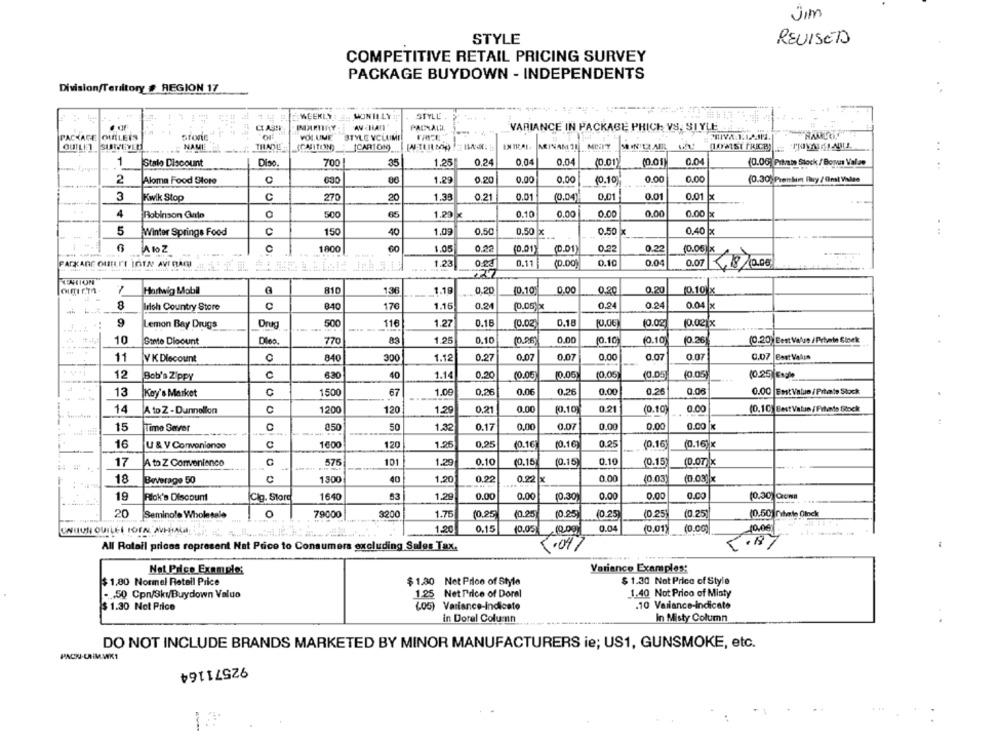
Jim
STYLE
REVISED
COMPETITIVE RETAIL PRICING SURVEY
PACKAGE BUYDOWN - INDEPENDENTS
Division/Territory # REGION 17
MON II LY !!
STYLE .
CLASH
AN HAN
VARIANCE IN PACKAGE PHICH VS. SIYLE ..
PACKAGE
OUTLETS
Store
VOLUME
STYLE VCLUIMI
OUTLET SURVEYEM
NAME
[CARTON)
MONTAR
..
1
Stalo Discount
Diso.
700
35
1.25
0.24
0.04
0.04
(0.01)
(0.01)
0.04
(0.06) Pitrain Stock / Borvas Valze
0.00
0.00
0.00
0.00
(0.30) Prembim Puy / Ont Vales
2
Aloma Food Blote
630
1.29
0.20
(0.10
3
Kwik Stop
C
27
20
1.38
0.21
0.01
(0.04)
0.01
0.01
0.01 x
4
Robinson Gulo
65
1.29 x
0.10
0,00
0.00
0.00
0.00 x
5
C
15
1.09
0.50
0,50 x
0.50 x
Winter Springs Food
40
0.40 x
6
A to Z
1800
1.05
0,22
(0.01)
(D.01)
0.22
0.22
10.00 x
PACKAGE OUTLET IGEN AVERARI
----
1.23
0.11
(D.DO
0.10
0.04
0.07 ,18/0.00
TAHION
Hartwig Mobil
810
136
10.10
0.00
0.20
(0.10)x
1.19
0.20
0.20
8
C
840
170
1.16
0.24
0.24
0.24
Irish Country Store
(0.05)x
0.04 x
9
Lemon Bay Drugs
Drug
500
...
116
1.27
0.16
10.02
0.18
10.06
(0.02
(0.021x
10
State Dloount
Dleo.
770
83
1.25
0.10
(0.96)
0.00
(0.10
(0.10
10.26
(0.20) Best Value /Prhate Stock
11
C
840
300
0.27
0.07
0.07
0.00
0.07
0.07
0,07 Best Value
V K Discount
1.12
12
Bob's Zippy
830
40
1.14
0.20
(0.06
10.06
(0,05)
(0.05
(0.05)
(0.25 Esple
13
Koy's Market
1500
67
1.0€
0,26
0.26
0.00
0.26
0.00
0.00 EnstValue/Prhate Stock
---
14
1200
120
0,21
0.00
(0.10
0.21
(0.10)
0.00
(0.10 Best Value/ Fihate Sitock
A to Z - Dunnellon
1.29
15
Time Server
C
050
50
1.32
0.17
0.07
0.00
0.00
0.00 x
16
U & V Convenience
C
1600
120
1.26
0,25
(0.16
(0.16
0.25
(0.16)
(0.16)x
101
(0.15
(0.15
0.10
17
A to Z Convenience
575
1.29
0.10
(0.15)
(D.07)x
18
Beverage 50
1300
40
1.20
0.22
0.22 x
0.00
(0.03
(0.03) x
19
Rlok's Discount
Cig. Stord
1640
53
1.29
0.00
0.00
10.30
0.00
0.00
0.00
(0.30)Com
O
3200
10.25
(0.25
20
Seminole Wholesale
79000
1.76
(0.25
(0.25
(0.25
(0.25)
(0.50)mitate Oinck
0.04
(0.00)
1.20
0,15
10.05
(0.01)
10,0€/
All Rotall prices represent Net Price to Consumers excluding Sales Tax.
5.04/
Net Price Example:
Variance Examples:
$1,80 Normel Retail Price
$ 1.30 Net Price of Style
$ 1.30 Not Price of Style
-. 50 Cpn/3kwBuydown Valuo
1.25 Net Price of Dorel
1.40 Not Prico of Misty
$ 1.30 Not Price
(05) Variance-Indicato
.10 Vailance-indicate
in Doral Columnn
In Misty Column
DO NOT INCLUDE BRANDS MARKETED BY MINOR MANUFACTURERS ie; US1, GUNSMOKE, etc.
PACK-CHMWK1
92571164